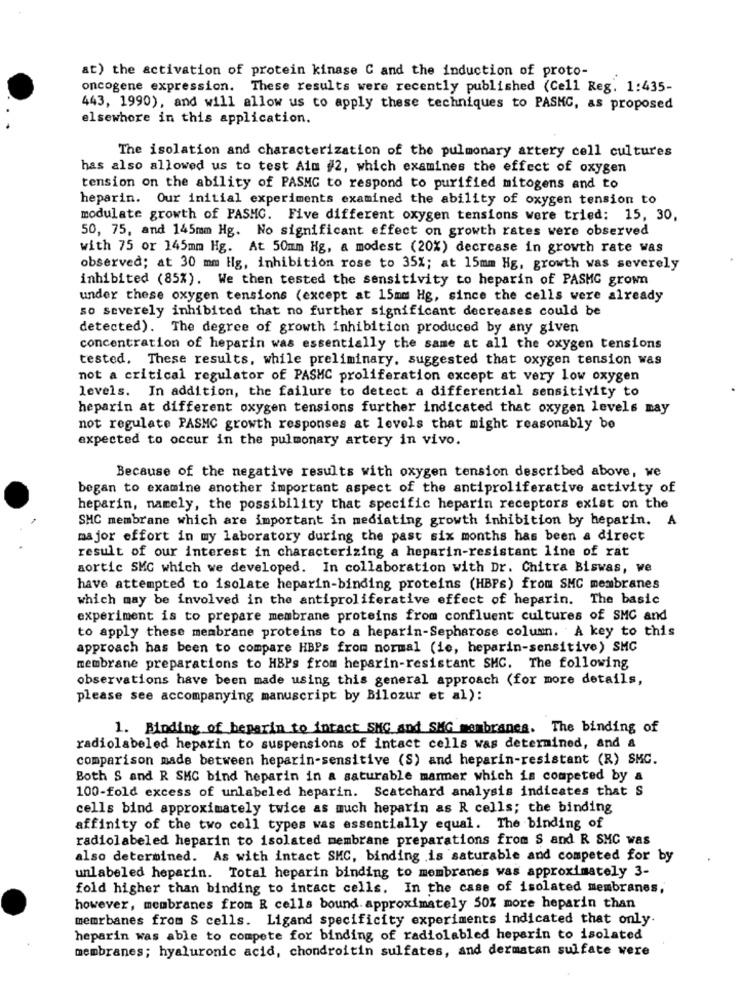
at) the activation of protein kinase C and the induction of proto-
oncogene expression. These results were recently published (Cell Reg. 1:435-
443, 1990), and will allow us to apply these techniques to PASKG, as proposed
elsewhere in this application.
The isolation and characterization of the pulmonary artery cell cultures
has also allowed us to test Aim #2, which examines the effect of oxygen
tension on the ability of PASMG to respond to purified mitogens and to
heparin. Our initial experiments examined the ability of oxygen tension to
modulate growth of PASHC. Five different oxygen tensions were tried: 15, 30,
50, 75, and 145mm Hg. No significant effect on growth rates were observed
with 75 or 145mm Hg. At 50mm Hg, a modest (20%) decrease in growth rate was
observed; at 30 mm Hg, inhibition rose to 35%; at 15mm Hg, growth was severely
inhibited (85%). We then tested the sensitivity to heparin of PASMG grown
under these oxygen tensions (except at 15mm Hg, since the cells were already
so severely inhibited that no further significant decreases could be
detected). The degree of growth inhibition produced by any given
concentration of heparin was essentially the same at all the oxygen tensions
tested. These results, while preliminary, suggested that oxygen tension was
not a critical regulator of PASMC proliferation except at very low oxygen
levels. In addition, the failure to detect a differential sensitivity to
heparin at different oxygen tensions further indicated that oxygen levels may
not regulate PASMC growth responses at levels that might reasonably be
expected to occur in the pulmonary artery in vivo.
Because of the negative results with oxygen tension described above, we
began to examine another important aspect of the antiproliferative activity of
heparin, namely, the possibility that specific heparin receptors exist on the
SMC membrane which are important in mediating growth inhibition by heparin. A
major effort in my laboratory during the past six months has been a direct
result of our interest in characterizing a heparin-resistant line of rat
aortic SMC which we developed. In collaboration with Dr. Chitra Biswas, we
have attempted to isolate heparin-binding proteins (HBPs) from SMC membranes
which may be involved in the antiproliferative effect of heparin. The basic
experiment is to prepare membrane proteins from confluent cultures of SMC and
to apply these membrane proteins to a heparin-Sepharose column. A key to this
approach has been to compare HBPs from normal (ie, heparin-sensitive) SMC
membrane preparations to HBPs from heparin-resistant SMC. The following
observations have been made using this general approach (for more details,
please see accompanying manuscript by Bilozur et al):
1. Binding of heparin to intact SMC and SKG membranes. The binding of
radiolabeled heparin to suspensions of intact cells was determined, and &
comparison made between heparin-sensitive (S) and heparin-resistant (R) SMC.
Both S and R SMC bind heparin in a saturable marmer which is competed by a
100-fold excess of unlabeled heparin. Scatchard analysis indicates that S
cells bind approximately twice as much heparin as R cells; the binding
affinity of the two cell types was essentially equal. The binding of
radiolabeled heparin to isolated membrane preparations from $ and R SMC was
also determined. As with intact SMC, binding is saturable and competed for by
unlabeled heparin. Total heparin binding to membranes was approximately 3-
fold higher than binding to intact cells. In the case of isolated membranes,
however, membranes from R cells bound. approximately 50% more heparin than
memrbanes from S cells. Ligand specificity experiments indicated that only.
heparin was able to compete for binding of radiolabled heparin to isolated
membranes; hyaluronic acid, chondroitin sulfates, and dermatan sulfate were